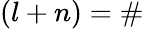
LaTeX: (l+n)=\#